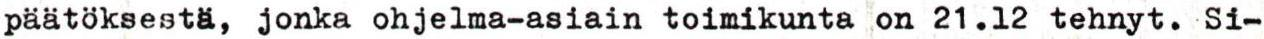
päätöksestä, jonka ohjelma-asiain toimikunta on 21.12 tehnyt. Si-